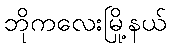
ဘိုကလေးမြို့နယ်